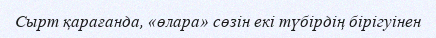
Сырт қарағанда, «өлара» сөзін екі түбірдің бірігуінен